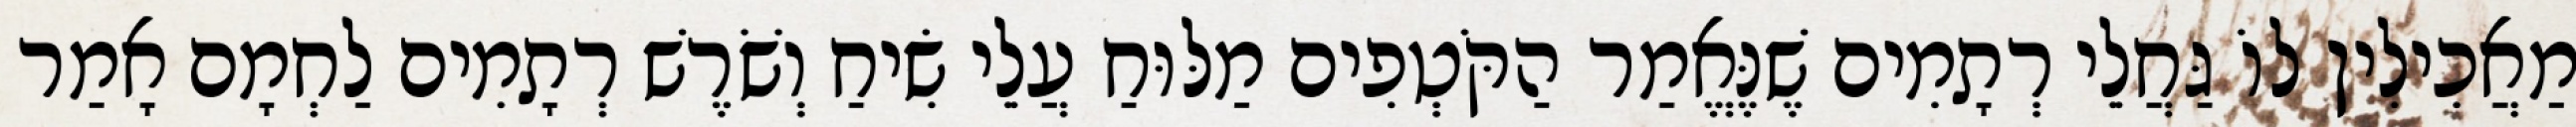
מַאֲכִילִין לוֹ גַּחֲלֵי רְתָמִים שֶׁנֶּאֱמַר הַקֹּטְפִים מַלּוּחַ עֲלֵי שִׂיחַ וְשֹׁרֶשׁ רְתָמִים לַחְמָם אָמַר